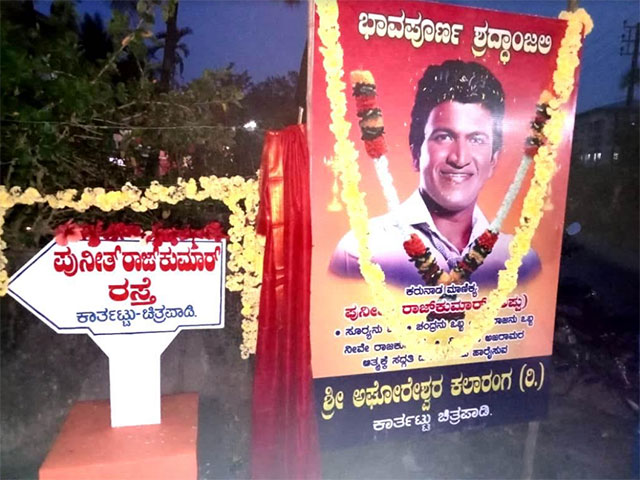
Language: kannada
Transcription: ಶ್ರದ್ಧಾಂಜಲಿ ಭಾವಪೂರ್ಣ ರಸ್ತೆ